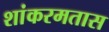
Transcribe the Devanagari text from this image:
शांकरमतास